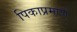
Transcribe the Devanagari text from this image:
पिकाप्रमाणे